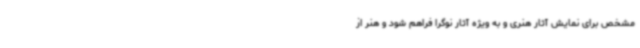
مشخص برای نمایش آثار هنری و به ویژه آثار نوگرا فراهم شود و هنر از